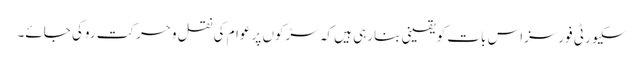
سکیورٹی فورسزاس بات کو یقینی بنارہی ہیں کہ سڑکوں پر عوام کی نقل وحرکت روکی جائے۔